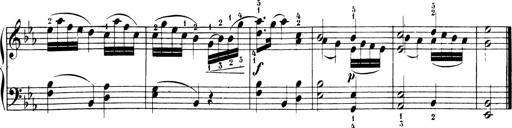
Title: Sonatinen Op.47, 98 und 136, nebst 6 Liedersonatinen
Composer: Carl Reinecke